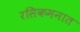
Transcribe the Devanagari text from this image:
रसिकमनात